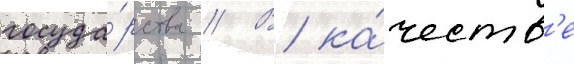
госуда́рства // В ка́честв'е